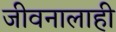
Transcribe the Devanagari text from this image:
जीवनालाही